Indian journal of veterinary science and animal husbandry - Volume 9,
Year: 1939
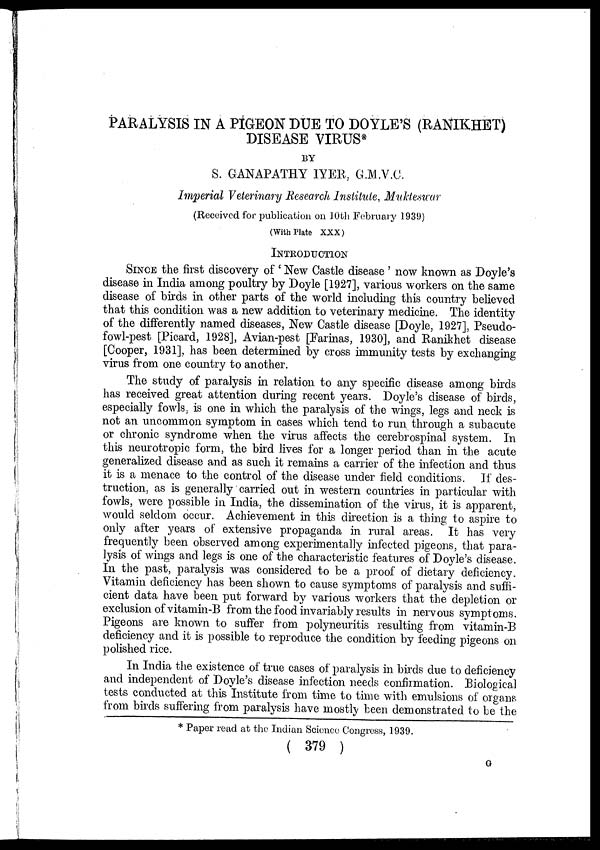
PARALYSIS IN A PIGEON DUE TO DOYLE'S (RANIKHET)
DISEASE VIRUS*
BY
S. GANAPATHY IYER, G.M.V.C.
Imperial Veterinary Research Institute, Mukteswar
(Received for publication on 10th February 1939)
(With Plate XXX)
INTRODUCTION
SINCE the first discovery of ' New Castle disease' now known as Doyle's
disease in India among poultry by Doyle [1927], various workers on the same
disease of birds in other parts of the world including this country believed
that this condition was a new addition to veterinary medicine. The identity
of the differently named diseases, New Castle disease [Doyle, 1927], Pseudo-
fowl-pest [Picard, 1928], Avian-pest [Farinas, 1930], and Ranikhet disease
[Cooper, 1931], has been determined by cross immunity tests by exchanging
virus from one country to another.
The study of paralysis in relation to any specific disease among birds
has received great attention during recent years. Doyle's disease of birds,
especially fowls, is one in which the paralysis of the wings, legs and neck is
not an uncommon symptom in cases which tend to run through a subacute
or chronic syndrome when the virus affects the cerebrospinal system. In
this neurotropic form, the bird lives for a longer period than in the acute
generalized disease and as such it remains a carrier of the infection and thus
it is a menace to the control of the disease under field conditions. If des-
truction, as is generally carried out in western countries in particular with
fowls, were possible in India, the dissemination of the virus, it is apparent,
would seldom occur. Achievement in this direction is a thing to aspire to
only after years of extensive propaganda in rural areas. It has very
frequently been observed among experimentally infected pigeons, that para-
lysis of wings and legs is one of the characteristic features of Doyle's disease.
In the past, paralysis was considered to be a proof of dietary deficiency.
Vitamin deficiency has been shown to cause symptoms of paralysis and suffi-
cient data have been put forward by various workers that the depletion or
exclusion of vitamin-B from the food invariably results in nervous symptoms.
Pigeons are known to suffer from polyneuritis resulting from vitamin-B
deficiency and it is possible to reproduce the condition by feeding pigeons on
polished rice.
In India the existence of true cases of paralysis in birds due to deficiency
and independent of Doyle's disease infection needs confirmation. Biological
tests conducted at this Institute from time to time with emulsions of organs
from birds suffering from paralysis have mostly been demonstrated to be the
* Paper read at the Indian Science Congress, 1939.
( 379 )
G